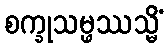
စက္ခုသမ္ဖဿသ္မိံ